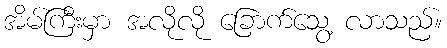
အိမ်ကြီးမှာ အလိုလို ခြောက်သွေ့ လာသည်။